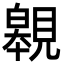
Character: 䚌